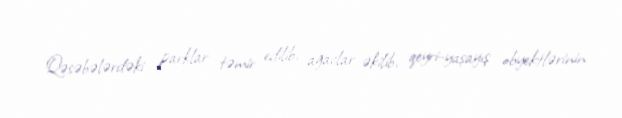
Qəsəbələrdəki parklar təmir edilib, ağaclar əkilib, qeyri-yaşayış obyektlərinin